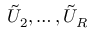
\tilde { U } _ { 2 } , \dots , \tilde { U } _ { R }